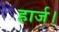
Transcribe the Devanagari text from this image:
हार्ज।